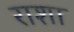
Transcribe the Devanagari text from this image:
राशा